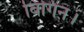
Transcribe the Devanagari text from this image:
बिगिन।